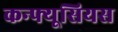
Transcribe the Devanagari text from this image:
कन्फ्यूसियस